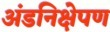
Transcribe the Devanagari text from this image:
अंडनिक्षेपण